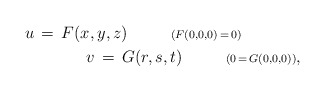
\begin{align*}u\,=\,F(x,y,z)\ \ \ \ \ \ \ \ {\scriptstyle{(F(0,0,0)\,=\,0)}}\ \ \ \ \ \ \ \ \ \ \ \\ \ \ \ \ \ \ \ \ \ \ \ v\,=\,G(r,s,t)\ \ \ \ \ \ \ \ {\scriptstyle{(0\,=\,G(0,0,0))}},\end{align*}